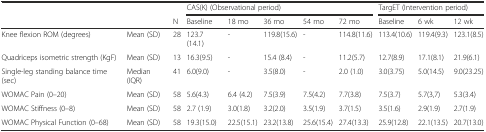
|  |  |  | <COLSPAN=5> CAS(K) (Observational period) | <COLSPAN=3> TargET (Intervention period) |
 |  |  | N | Baseline | 18 mo | 36 mo | 54 mo | 72 mo | Baseline | 6 wk | 12 wk |
 | --- | --- | --- | --- | --- | --- | --- | --- | --- | --- | --- |
 | Knee flexion ROM (degrees) | Mean (SD) | 28 | 123.7 (14.1) | - | 119.8(15.6) | - | 114.8(11.6) | 113.4(10.6) | 119.4(9.3) | 123.1(8.5) |
 | Quadriceps isometric strength (KgF) | Mean (SD) | 13 | 16.3(9.5) | - | 15.4 (8.4) | - | 11.2(5.7) | 12.7(8.9) | 17.1(8.1) | 21.9(6.1) |
 | Single-leg standing balance time (sec) | Median (IQR) | 41 | 6.0(9.0) | - | 3.5(8.0) | - | 2.0 (1.0) | 3.0(3.75) | 5.0(14.5) | 9.0(23.25) |
 | WOMAC Pain (0–20) | Mean (SD) | 58 | 5.6(4.3) | 6.4 (4.2) | 7.5(3.9) | 7.5(4.2) | 7.7(3.8) | 7.5(3.7) | 5.7(3,7) | 5.3(3.4) |
 | WOMAC Stiffness (0–8) | Mean (SD) | 58 | 2.7 (1.9) | 3.0(1.8) | 3.2(2.0) | 3.5(1.9) | 3.7(1.5) | 3.5(1.6) | 2.9(1.9) | 2.7(1.9) |
 | WOMAC Physical Function (0–68) | Mean (SD) | 58 | 19.3(15.0) | 22.5(15.1) | 23.2(13.8) | 25.6(15.4) | 27.4(13.3) | 25.9(12.8) | 22.1(13.5) | 20.7(13.0) |